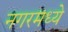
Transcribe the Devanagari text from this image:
नगरमध्ये